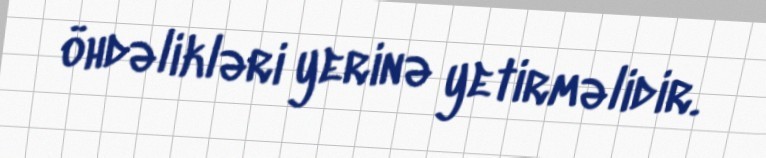
öhdəlikləri yerinə yetirməlidir.